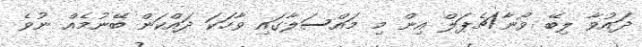
ދައުވާ ލިބޭ ވޯނާ/ޗެޕަލް އިން މި މައްސަލާގައި ވާހަކަ ދައްކަން ބޭނުމެއް ނުވެ